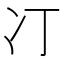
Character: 㓅